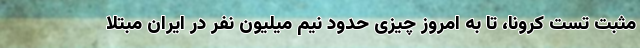
مثبت تست کرونا، تا به امروز چیزی حدود نیم میلیون نفر در ایران مبتلا